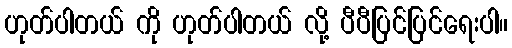
ဟုတ်ပါတယ် ကို ဟုတ်ပါတယ် လို့ ပီပီပြင်ပြင်ရေးပါ။